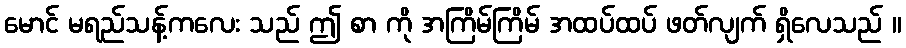
မောင် မရည်သန့်ကလေး သည် ဤ စာ ကို အကြိမ်ကြိမ် အထပ်ထပ် ဖတ်လျက် ရှိလေသည် ။